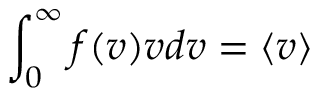
\int _ { 0 } ^ { \infty } f ( v ) v d v = \langle v \rangle